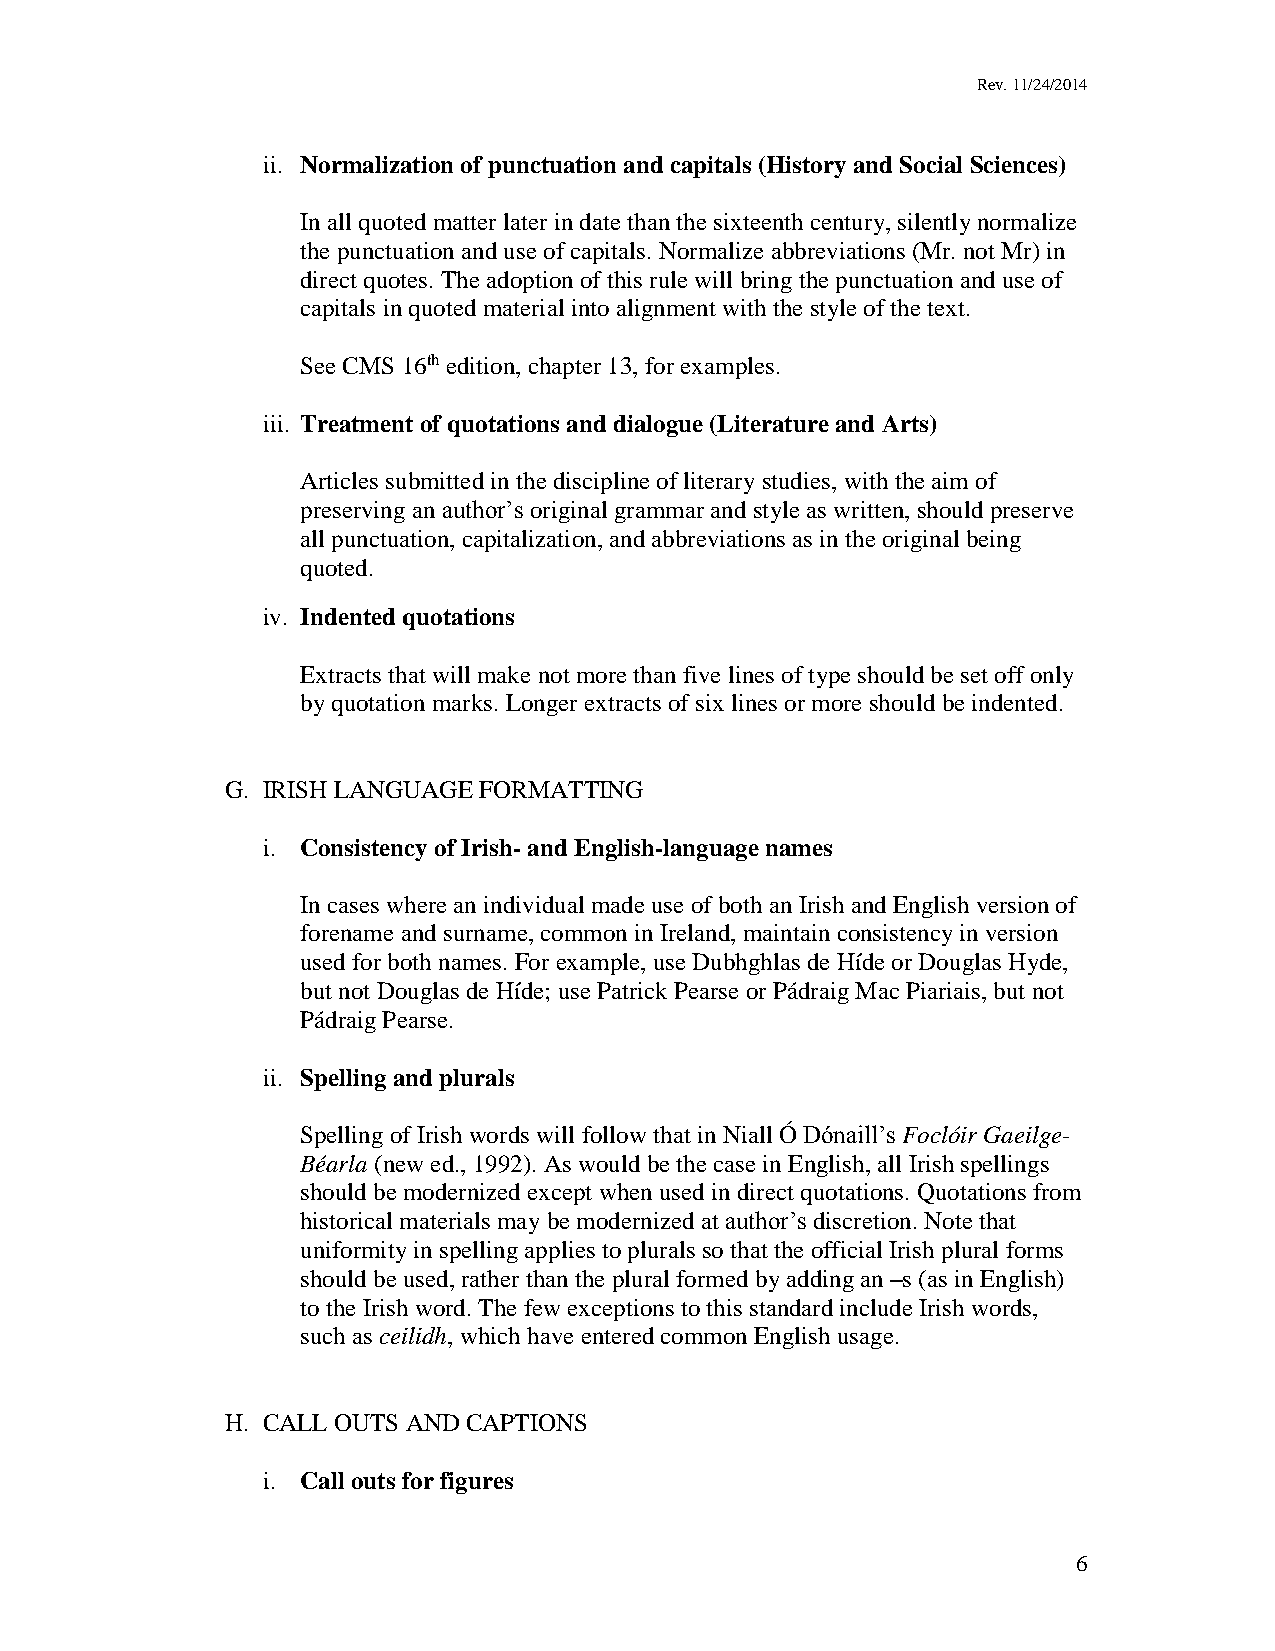
Rev. 11/24/2014
 ii. Normalization of punctuation and capitals (History and Social Sciences)
 In all quoted matter later in date than the sixteenth century, silently normalize
 the punctuation and use of capitals. Normalize abbreviations (Mr. not Mr) in
 direct quotes. The adoption of this rule will bring the punctuation and use of
 capitals in quoted material into alignment with the style of the text.
 See CMS 16th edition, chapter 13, for examples.
 iii. Treatment of quotations and dialogue (Literature and Arts)
 Articles submitted in the discipline of literary studies, with the aim of
 preserving an author’s original grammar and style as written, should preserve
 all punctuation, capitalization, and abbreviations as in the original being
 quoted.
 iv. Indented quotations
 Extracts that will make not more than five lines of type should be set off only
 by quotation marks. Longer extracts of six lines or more should be indented.
 G. IRISH LANGUAGE FORMATTING
 i. Consistency of Irish- and English-language names
 In cases where an individual made use of both an Irish and English version of
 forename and surname, common in Ireland, maintain consistency in version
 used for both names. For example, use Dubhghlas de Híde or Douglas Hyde,
 but not Douglas de Híde; use Patrick Pearse or Pádraig Mac Piariais, but not
 Pádraig Pearse.
 ii. Spelling and plurals
 Spelling of Irish words will follow that in Niall Ó Dónaill’s Foclóir Gaeilge-
 Béarla (new ed., 1992). As would be the case in English, all Irish spellings
 should be modernized except when used in direct quotations. Quotations from
 historical materials may be modernized at author’s discretion. Note that
 uniformity in spelling applies to plurals so that the official Irish plural forms
 should be used, rather than the plural formed by adding an –s (as in English)
 to the Irish word. The few exceptions to this standard include Irish words,
 such as ceilidh, which have entered common English usage.
 H. CALL OUTS AND CAPTIONS
 i. Call outs for figures
 6